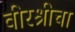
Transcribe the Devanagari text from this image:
वीरश्रीचा